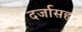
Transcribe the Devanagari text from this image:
दर्जासह